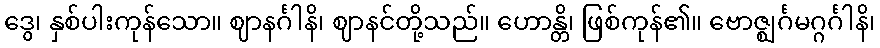
ဒွေ၊ နှစ်ပါးကုန်သော။ ဈာနင်္ဂါနိ၊ ဈာနင်တို့သည်။ ဟောန္တိ၊ ဖြစ်ကုန်၏။ ဗောဇ္ဈင်္ဂမဂ္ဂင်္ဂါနိ၊